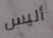
أليس